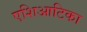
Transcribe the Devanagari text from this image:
एशिआटिका